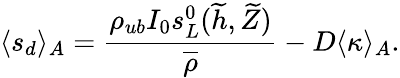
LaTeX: \langle s_{d}\rangle_{A}=\frac{\rho_{ub}I_{0}s_{L}^{0}(\widetilde{h},\widetilde{Z})}{\overline{\rho}}-D{\langle\kappa\rangle_{A}}.